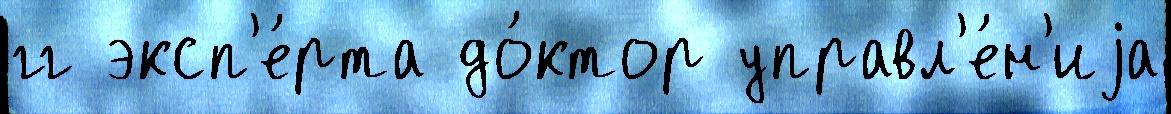
гг эксп'е́рта до́ктор управл'е́н'иjа